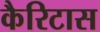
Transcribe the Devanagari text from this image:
कैरिटास